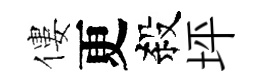
僂更殺坪